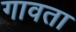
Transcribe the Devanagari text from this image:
गावता